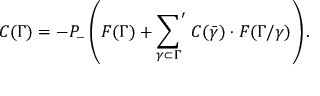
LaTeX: C ( \Gamma ) = - P _ { - } \left( F ( \Gamma ) + { \sum _ { \gamma \subset \Gamma } } ^ { \prime } \; C ( \bar { \gamma } ) \cdot F ( \Gamma / \gamma ) \right) .